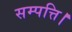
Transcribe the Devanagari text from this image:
सम्पत्ति।